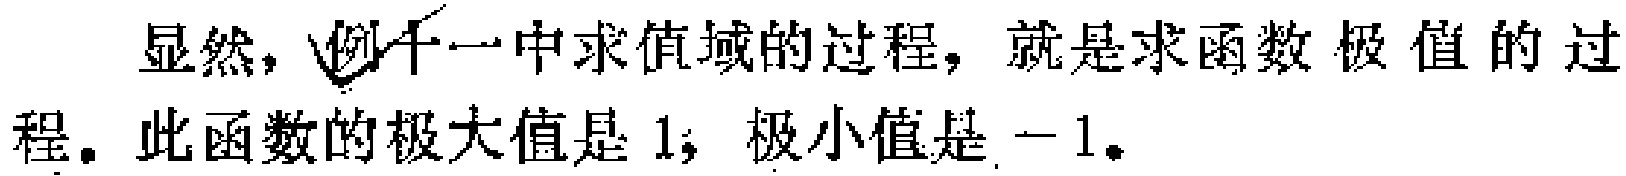
显然，例十一中求值域的过程，就是求函数极值的过程。此函数的极大值是 1；极小值是$-1$。